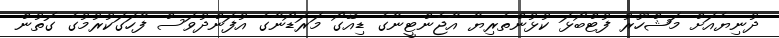
ދުނިޔެއަށް މަޝްހޫރު ފުޓްބޯޅަ ކުޅުންތެރިޔާ އާޖެންޓީނާގެ ޑިއޭގޯ މަރަޑޯނާގެ އުފަންދުވަސް ފާހަގަކުރުމުގެ ގޮތުން